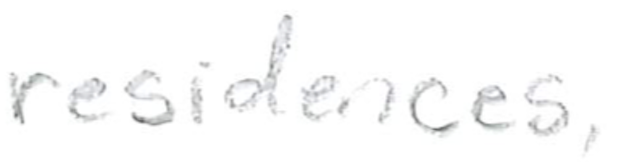
Text: residences,
Cross-out: clean
Writing tool: pencil